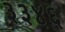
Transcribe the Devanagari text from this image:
३३४६